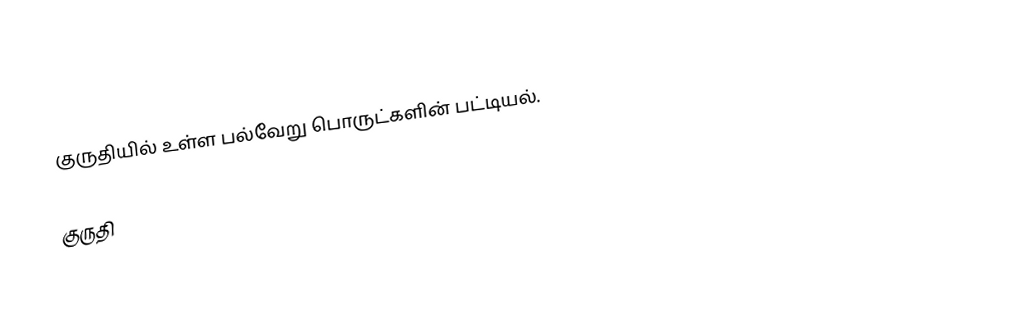
குருதியில் உள்ள பல்வேறு பொருட்களின் பட்டியல்.

குருதி